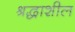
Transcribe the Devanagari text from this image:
श्रद्धाशील